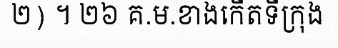
២) ។ ២៦ គ.ម.ខាងកើតទីក្រុង